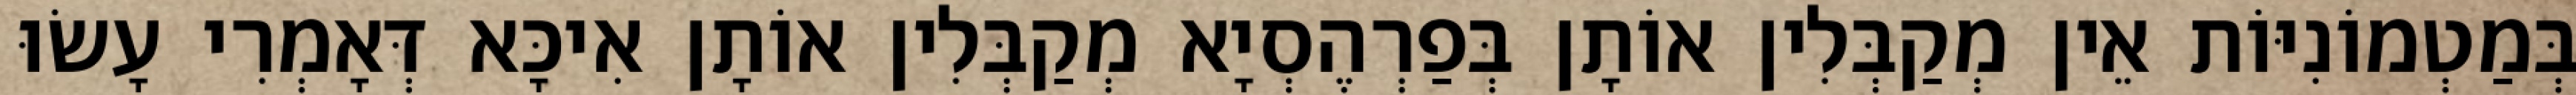
בְּמַטְמוֹנִיּוֹת אֵין מְקַבְּלִין אוֹתָן בְּפַרְהֶסְיָא מְקַבְּלִין אוֹתָן אִיכָּא דְּאָמְרִי עָשׂוּ